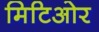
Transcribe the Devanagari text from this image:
मिटिओर